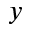
y